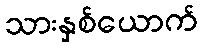
သားနှစ်ယောက်